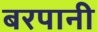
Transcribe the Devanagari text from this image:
बरपानी